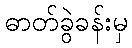
ဓာတ်ခွဲခန်းမှ